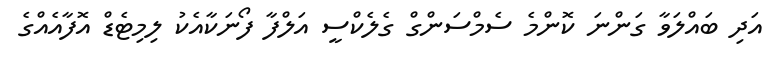
އަދި ބައްލަވާ ގަންނަ ކޮންމެ ސެމްސަންގް ގެލެކްސީ އަލްފާ ފޯނަކާއެކު ލިމިޓެޑް އޮފާއެއްގެ